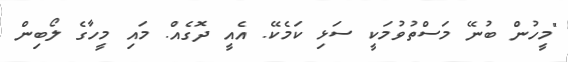
"މީހުން ބުނޭ މަސްތުވުމަކީ ސަޅި ކަމެކޭ. އެއީ ދޮގެއް. މައި މީހާގެ ލޯބިން